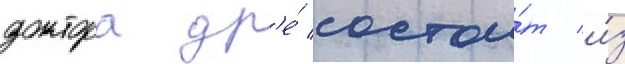
доктора др'е́ состои́т и́з